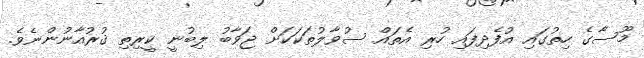
މޫސާގެ ހިތުގައި އުފެދިފައި ހުރި އެތައް ސުވާލުތަކަކަށް ޖަވާބު ލިބުނީ ކީރިތި ޤުރުއާނުންނެވެ.